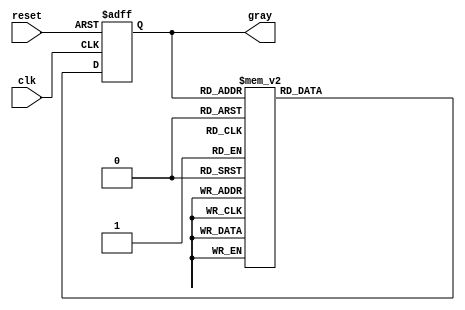
module gray_code_counter (
    input wire clk,        // Clock input
    input wire reset,      // Asynchronous reset
    output reg [2:0] gray  // 3-bit Gray code output
);

// State transition logic for Gray code
always @(posedge clk or posedge reset) begin
    if (reset) begin
        gray <= 3'b000; // Initialize to 000 on reset
    end else begin
        case (gray)
            3'b000: gray <= 3'b001;
            3'b001: gray <= 3'b011;
            3'b011: gray <= 3'b010;
            3'b010: gray <= 3'b110;
            3'b110: gray <= 3'b111;
            3'b111: gray <= 3'b101;
            3'b101: gray <= 3'b100;
            3'b100: gray <= 3'b000; // Wrap around to 000
            default: gray <= 3'b000; // Default case (should not occur)
        endcase
    end
end

endmodule